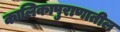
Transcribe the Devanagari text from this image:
कालिकापुराणातील